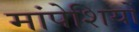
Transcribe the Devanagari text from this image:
मांपेशियों